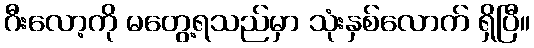
ဂီးလော့ကို မတွေ့ရသည်မှာ သုံးနှစ်လောက် ရှိပြီ။